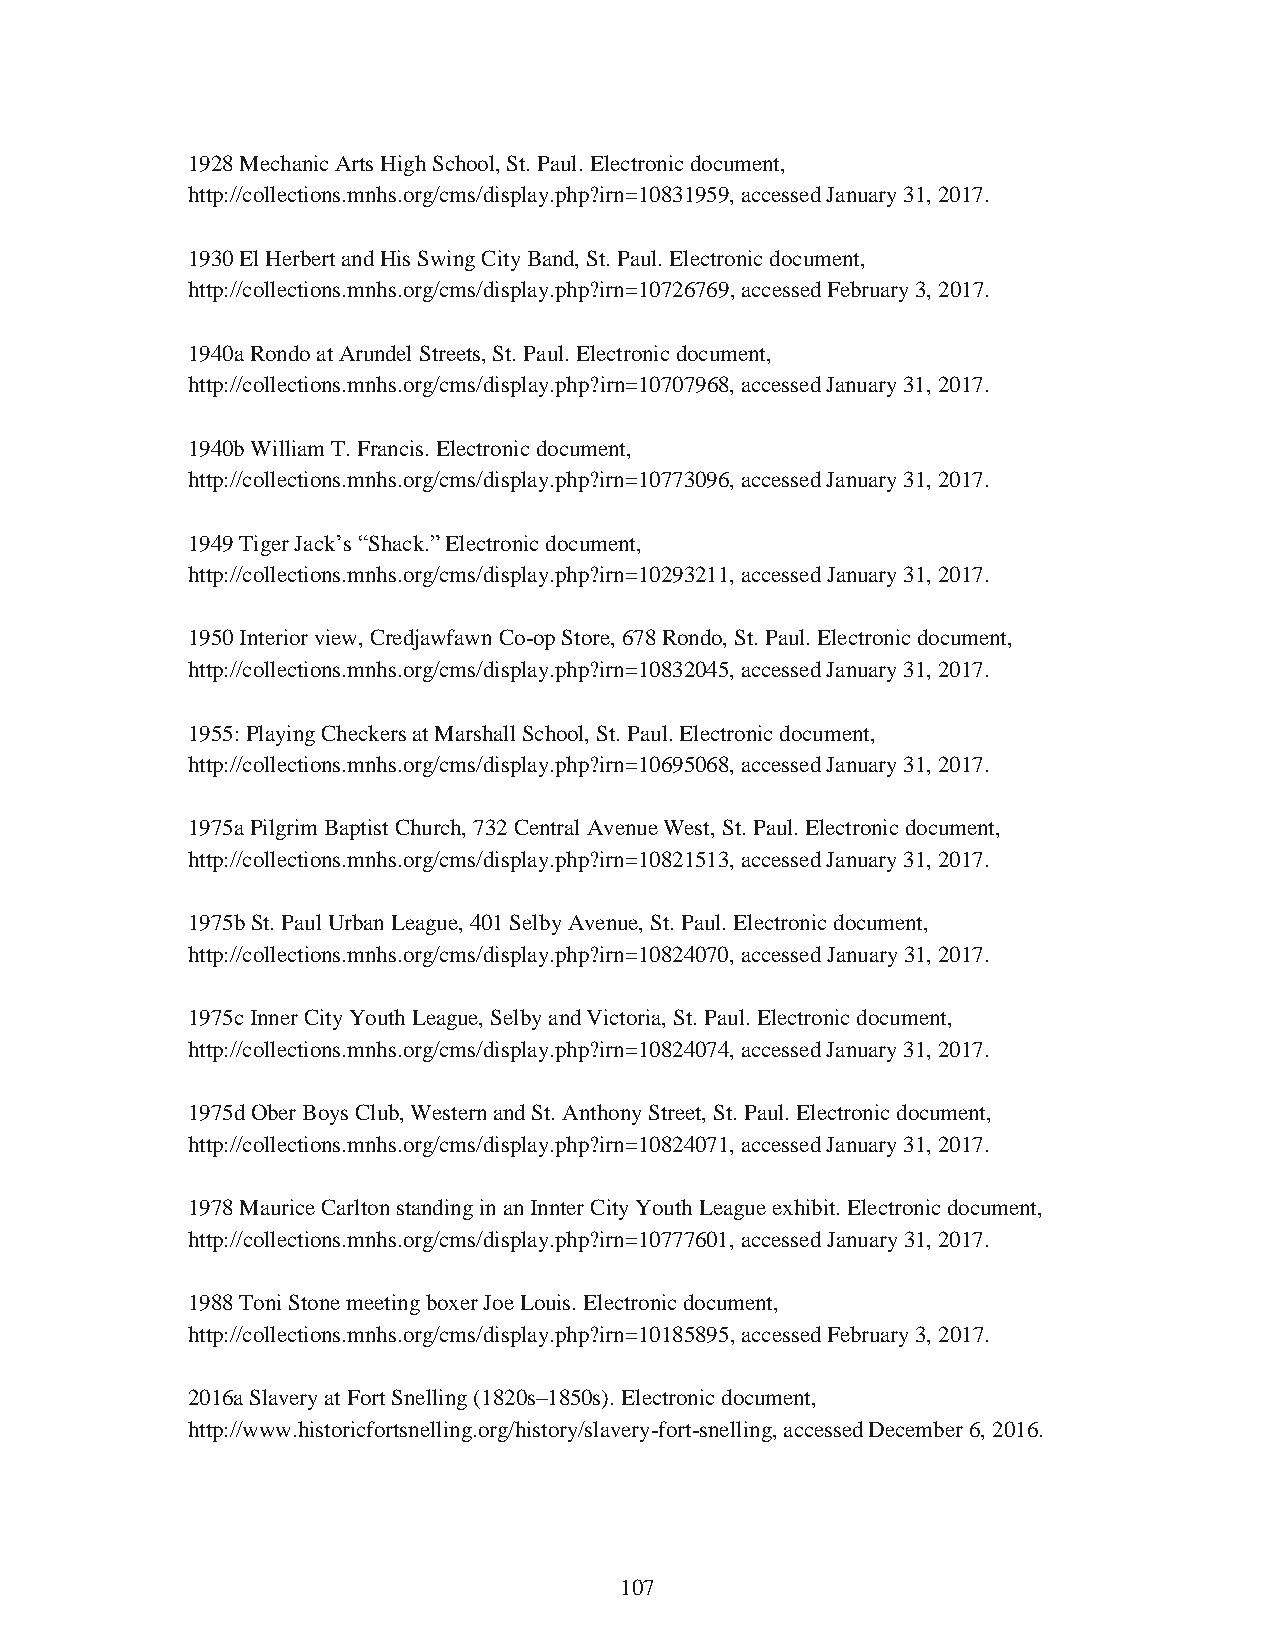
1928 Mechanic Arts High School, St. Paul. Electronic document,
 http://collections.mnhs.org/cms/display.php?irn=10831959, accessed January 31, 2017.
 1930 El Herbert and His Swing City Band, St. Paul. Electronic document,
 http://collections.mnhs.org/cms/display.php?irn=10726769, accessed February 3, 2017.
 1940a Rondo at Arundel Streets, St. Paul. Electronic document,
 http://collections.mnhs.org/cms/display.php?irn=10707968, accessed January 31, 2017.
 1940b William T. Francis. Electronic document,
 http://collections.mnhs.org/cms/display.php?irn=10773096, accessed January 31, 2017.
 1949 Tiger Jack’s “Shack.” Electronic document,
 http://collections.mnhs.org/cms/display.php?irn=10293211, accessed January 31, 2017.
 1950 Interior view, Credjawfawn Co-op Store, 678 Rondo, St. Paul. Electronic document,
 http://collections.mnhs.org/cms/display.php?irn=10832045, accessed January 31, 2017.
 1955: Playing Checkers at Marshall School, St. Paul. Electronic document,
 http://collections.mnhs.org/cms/display.php?irn=10695068, accessed January 31, 2017.
 1975a Pilgrim Baptist Church, 732 Central Avenue West, St. Paul. Electronic document,
 http://collections.mnhs.org/cms/display.php?irn=10821513, accessed January 31, 2017.
 1975b St. Paul Urban League, 401 Selby Avenue, St. Paul. Electronic document,
 http://collections.mnhs.org/cms/display.php?irn=10824070, accessed January 31, 2017.
 1975c Inner City Youth League, Selby and Victoria, St. Paul. Electronic document,
 http://collections.mnhs.org/cms/display.php?irn=10824074, accessed January 31, 2017.
 1975d Ober Boys Club, Western and St. Anthony Street, St. Paul. Electronic document,
 http://collections.mnhs.org/cms/display.php?irn=10824071, accessed January 31, 2017.
 1978 Maurice Carlton standing in an Innter City Youth League exhibit. Electronic document,
 http://collections.mnhs.org/cms/display.php?irn=10777601, accessed January 31, 2017.
 1988 Toni Stone meeting boxer Joe Louis. Electronic document,
 http://collections.mnhs.org/cms/display.php?irn=10185895, accessed February 3, 2017.
 2016a Slavery at Fort Snelling (1820s–1850s). Electronic document,
 http://www.historicfortsnelling.org/history/slavery-fort-snelling, accessed December 6, 2016.
 107